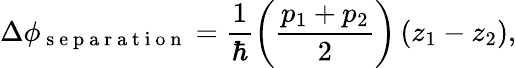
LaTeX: \Delta\phi_{\mathrm{~s~e~p~a~r~a~t~i~o~n~}}=\frac{1}{\hbar}\left(\frac{p_{1}+p_{2}}{2}\right)\left(z_{1}-z_{2}\right),